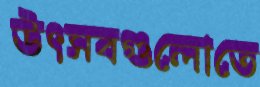
উৎসবগুলোতে